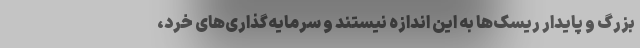
بزرگ و پایدار ریسک‌ها به این اندازه نیستند و سرمایه‌گذاری‌های خرد،